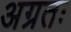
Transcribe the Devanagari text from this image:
अग्रतः